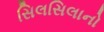
સિલસિલાનો